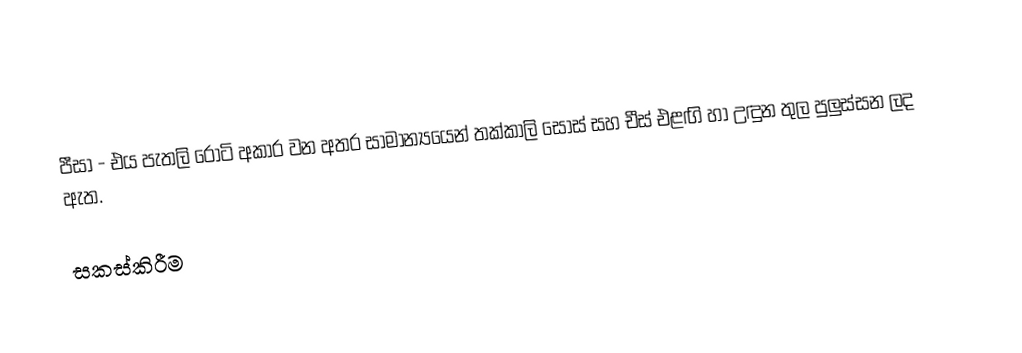
පීසා - එය පැතලි රොටි අකාර වන අතර සාමාන්‍යයෙන් තක්කාලි සෝස් සහ චීස් එළඟි හා උඳුන තුල පුලුස්සන ලද ඇත.

සකස්කිරීම